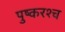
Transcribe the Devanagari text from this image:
पुष्करश्च